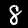
Digit: 8